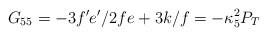
\begin{align*}G_{55}=-3f^{\prime}e^{\prime}/2fe+3k/f=-\kappa^2_5 P_T\end{align*}